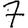
Digit: 7